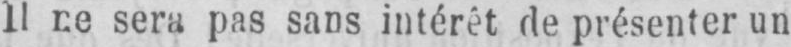
sera pas sans intérêt de présenter un